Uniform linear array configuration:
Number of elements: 16
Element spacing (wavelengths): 0.75
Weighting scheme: cosine
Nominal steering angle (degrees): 30
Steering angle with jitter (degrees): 31.724
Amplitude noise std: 0.05
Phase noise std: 0.05

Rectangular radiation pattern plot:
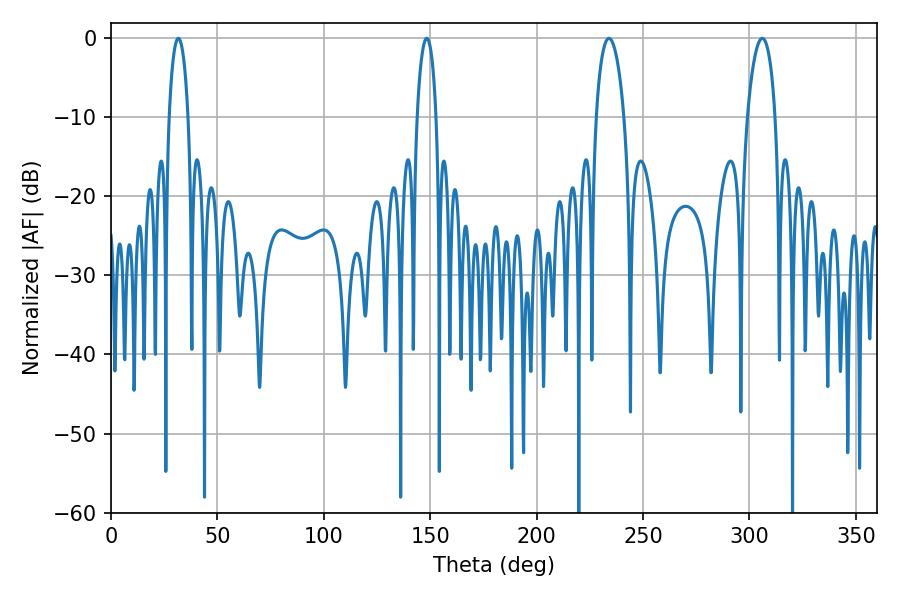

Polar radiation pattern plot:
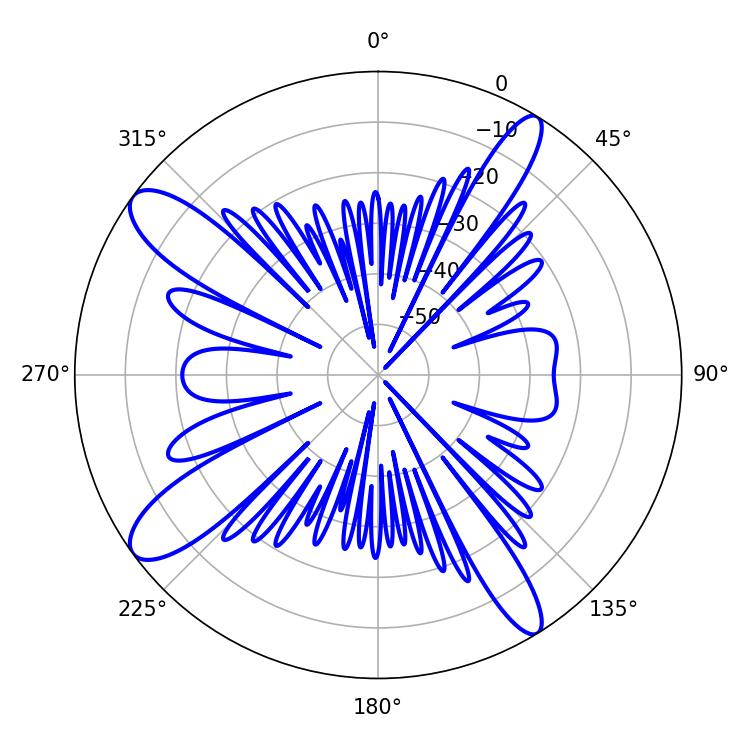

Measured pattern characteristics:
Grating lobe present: TRUE
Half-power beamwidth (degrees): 7.56
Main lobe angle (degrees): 234